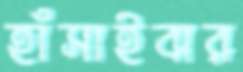
হাঁসাইবার